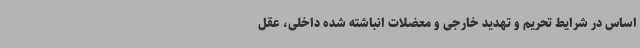
اساس در شرایط تحریم و تهدید خارجی و معضلات انباشته شده داخلی، عقل